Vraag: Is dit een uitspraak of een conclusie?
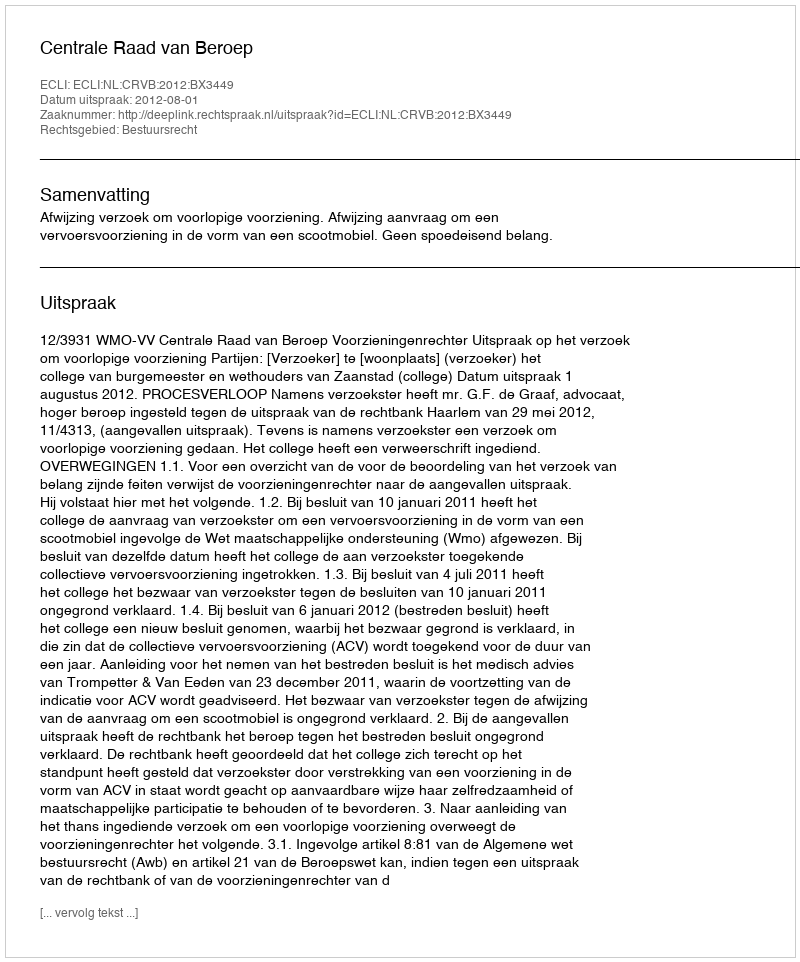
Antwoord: Uitspraak